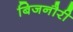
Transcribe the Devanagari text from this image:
बिजनौरी